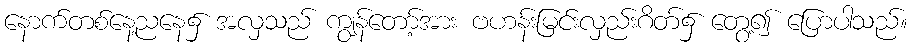
နောက်တစ်နေ့ညနေ၌ အလှသည် ကျွန်တော့်အား ဗဟန်းမြင်းလှည်းဂိတ်၌ တွေ့၍ ပြောပါသည်။